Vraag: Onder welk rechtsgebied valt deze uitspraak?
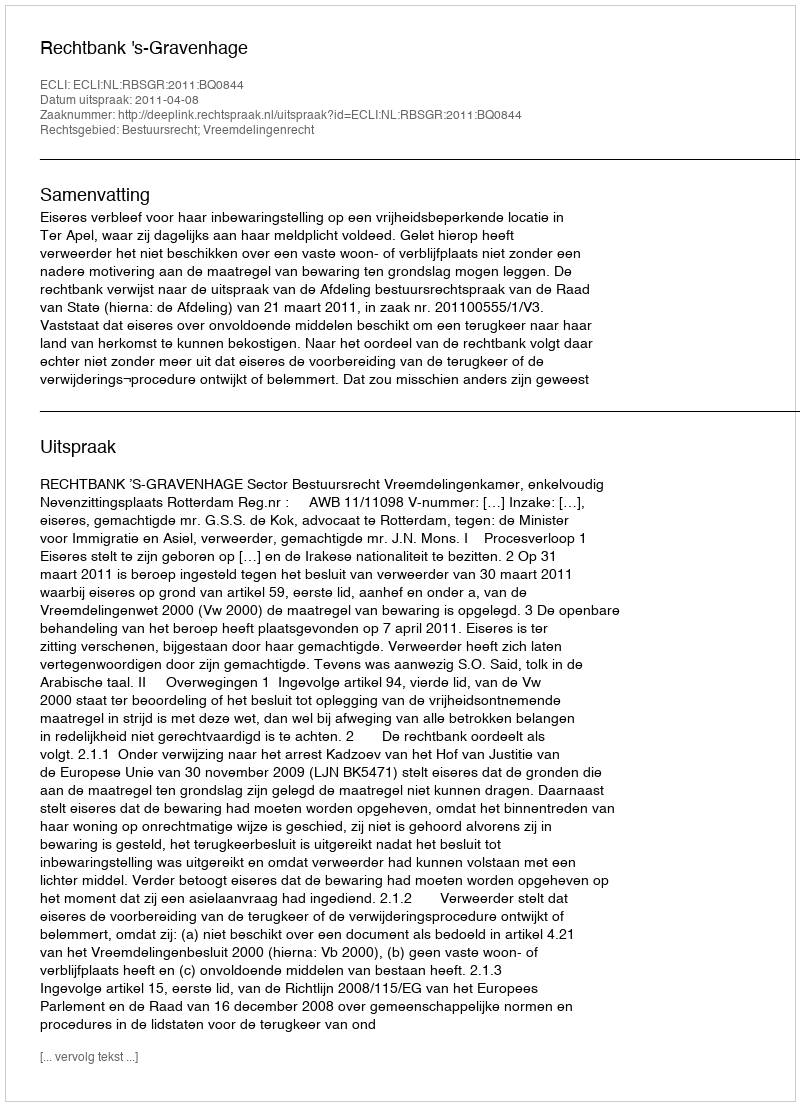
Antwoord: Bestuursrecht; Vreemdelingenrecht